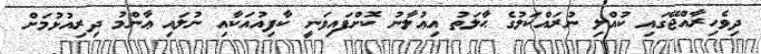
ދިވެހިރާއްޖޭގައި ކުއްލި ނުރައްކަލުގެ ޙާލަތު އިޢުލާނު ކޮށްފައިވަނީ ކާފިއުއަކާއި ނުލައި ޢާންމު ދިރިއުޅުމަށް